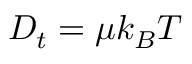
D _ { t } = \mu k _ { B } T